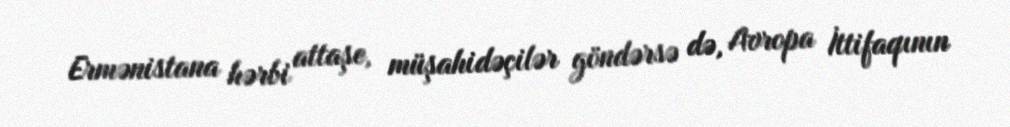
Ermənistana hərbi attaşe, müşahidəçilər göndərsə də, Avropa İttifaqının